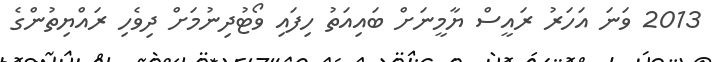
2013 ވަނަ އަހަރު ރައީސް ޔާމީނަށް ބައިއަތު ހިފައި ވޯޓުދިނުމަށް ދިވެހި ރައްޔިތުންގެ